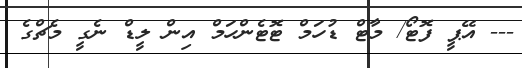
--- އޭޕީ ފޮޓޯ/ މާޓް ޑުހަމް ޓޮޓެންހަމް އިން ލީޑް ނެގީ މެޗްގެ